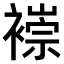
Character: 𫌌